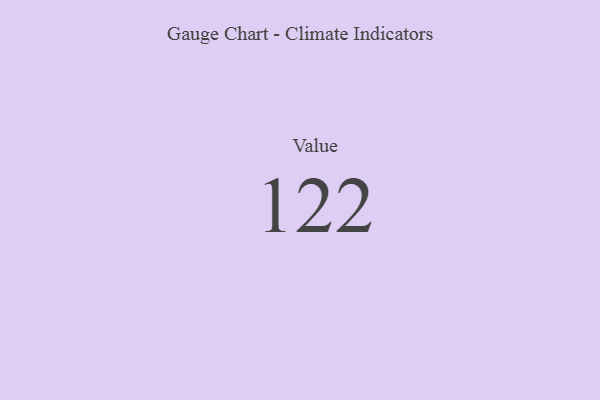
{"axis": {"x": "Metric", "y": "Value"}, "legend": [""], "data": [{"x": "Value", "y": 122, "type": ""}]}